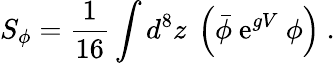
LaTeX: S_{\phi}=\frac{1}{16}\int d^{8}z\ \left({\bar{\phi}}\ {\mathrm e}^{gV}\ \phi\right)\ .